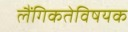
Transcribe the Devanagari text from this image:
लैंगिकतेविषयक